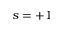
s = + 1